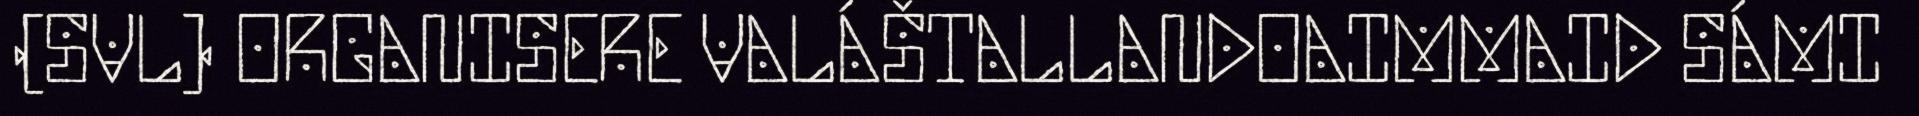
(SVL) ORGANISERE VALÁŠTALLANDOAIMMAID SÁMI